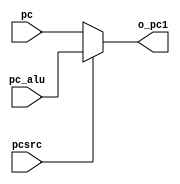
`timescale 1ns / 1ps
//////////////////////////////////////////////////////////////////////////////////
// Company: 
// Engineer: 
// 
// Design Name: 
// Module Name:    mux_pc 
// Project Name: 
// Target Devices: 
// Tool versions: 
// Description: 
//
// Dependencies: 
//
// Revision: 
// Revision 0.01 - File Created
// Additional Comments: 
//
//////////////////////////////////////////////////////////////////////////////////
module mux_pc(
	input wire [8:0]pc,
	input wire [8:0]pc_alu,
	input wire pcsrc,
	output reg [8:0] o_pc1
    );

always @(*)
begin
      if (pcsrc)
			o_pc1 <= pc_alu;
      else
         o_pc1 <= pc;
end
endmodule